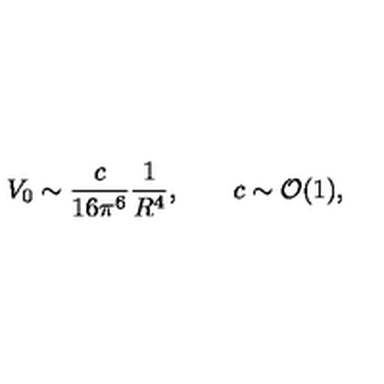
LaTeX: V _ { 0 } \sim \frac { c } { 1 6 \pi ^ { 6 } } \frac { 1 } { R ^ { 4 } } , \qquad c \sim { \cal O } ( 1 ) ,